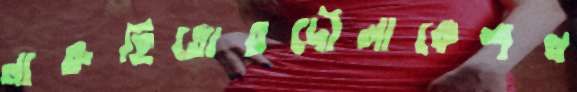
নারুহিতোরদৌলাকেশখ